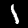
Label: 1